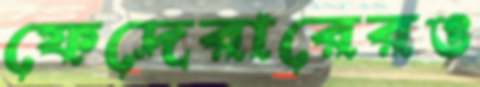
ফেদেরারেরও